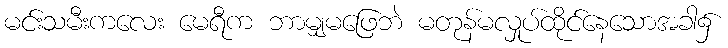
မင်းသမီးကလေး မေရီက ဘာမျှမဖြေဘဲ မတုန်မလှုပ်ထိုင်နေသောအခါ၌